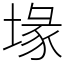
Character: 堟